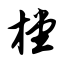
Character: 樘